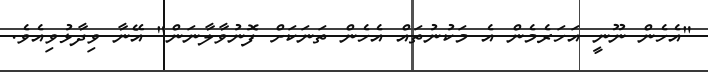
"އެހެން ނޫނީ އަހަރެމެން އެ މަކުނުތައް އެހެން ތަނަކަށް ފޮނުވާލާނަން" އޭނާ ވިދާޅުވިއެވެ.